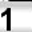
Digit: 1